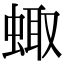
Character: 𧌗